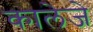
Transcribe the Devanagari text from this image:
कालेजे